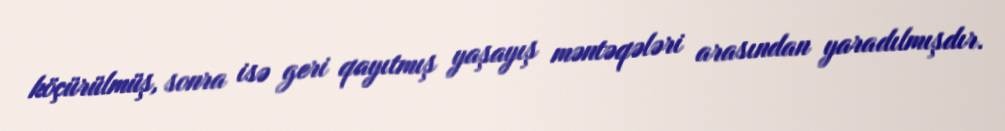
köçürülmüş, sonra isə geri qayıtmış yaşayış məntəqələri arasından yaradılmışdır.